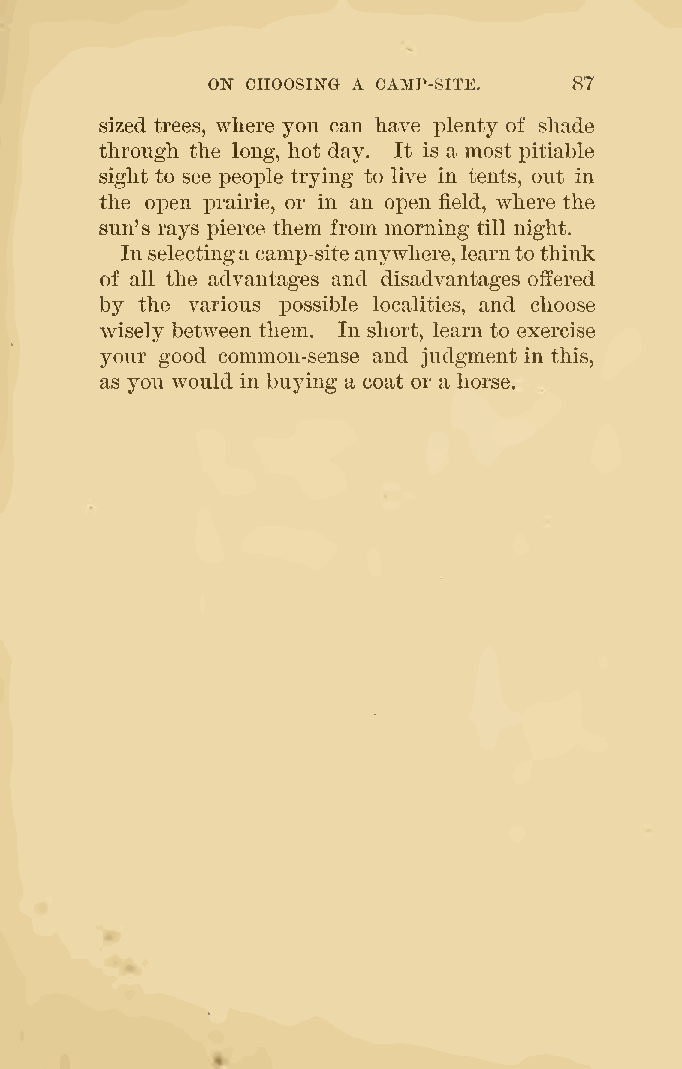
ON CHOOSING A CAMP-SITE. 87
 sized trees, where you can have plenty of shade
 through the long, hot day. It is a most pitiable
 sight to see people trying to live in tents, out in
 the open prairie, or in an open field, where the
 sun's rays pierce them from morning till night.
 In selectinga camp-siteanywhere, learntothink
 of all the advantages and disadvantages offered
 by the various i30ssible localities, and choose
 wisely between them. In short, learn to exercise
 your good common-sense and judgment in this,
 as you would in buying a coat or a horse.